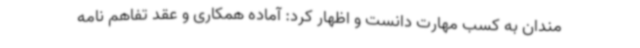
مندان به کسب مهارت دانست و اظهار کرد: آماده همکاری و عقد تفاهم نامه